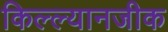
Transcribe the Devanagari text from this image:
किल्ल्यानजीक